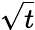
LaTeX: \sqrt{t}